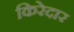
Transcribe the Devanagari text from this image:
किरेदार